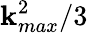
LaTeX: \mathbf{k}_{max}^{2}/3